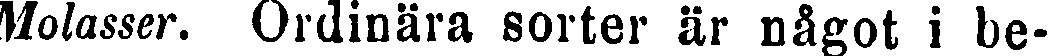
Molasser. Ordinära sorter är något i be-